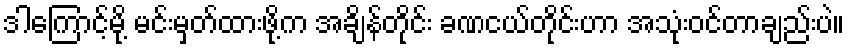
ဒါကြောင့်မို့ မင်းမှတ်ထားဖို့က အချိန်တိုင်း ခဏငယ်တိုင်းဟာ အသုံးဝင်တာချည်းပဲ။